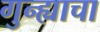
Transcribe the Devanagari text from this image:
गुन्ह्याचा